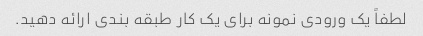
لطفاً یک ورودی نمونه برای یک کار طبقه بندی ارائه دهید.